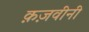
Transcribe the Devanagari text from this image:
क़ज़वीनी